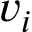
v _ { i }